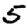
Digit: 5